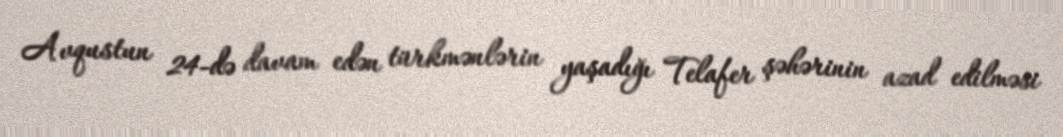
Avqustun 24-də davam edən türkmənlərin yaşadığı Telafer şəhərinin azad edilməsi